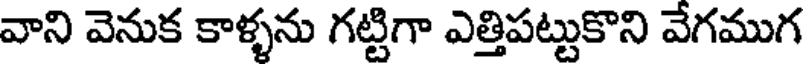
వాని వెనుక కాళ్ళను గట్టిగా ఎత్తిపట్టుకొని వేగముగ